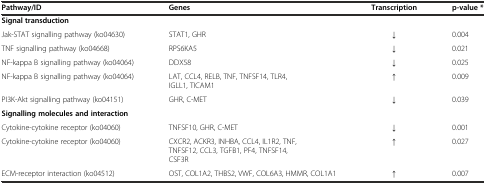
<table><thead><tr><td><b>Pathway/ID</b></td><td><b>Genes</b></td><td><b>Transcription</b></td><td><b>p-value *</b></td></tr></thead><tbody><tr><td colspan="4"><b>Signal transduction</b></td></tr><tr><td>Jak-STAT signalling pathway (ko04630)</td><td>STAT1, GHR</td><td>↓</td><td>0.004</td></tr><tr><td>TNF signalling pathway (ko04668)</td><td>RPS6KA5</td><td>↓</td><td>0.021</td></tr><tr><td>NF-kappa B signalling pathway (ko04064)</td><td>DDX58</td><td>↓</td><td>0.025</td></tr><tr><td>NF-kappa B signalling pathway (ko04064)</td><td>LAT, CCL4, RELB, TNF, TNFSF14, TLR4, IGLL1, TICAM1</td><td>↑</td><td>0.009</td></tr><tr><td>PI3K-Akt signalling pathway (ko04151)</td><td>GHR, C-MET</td><td>↓</td><td>0.039</td></tr><tr><td colspan="4"><b>Signalling molecules and interaction</b></td></tr><tr><td>Cytokine-cytokine receptor (ko04060)</td><td>TNFSF10, GHR, C-MET</td><td>↓</td><td>0.001</td></tr><tr><td>Cytokine-cytokine receptor (ko04060)</td><td>CXCR2, ACKR3, INHBA, CCL4, IL1R2, TNF, TNFSF12, CCL3, TGFB1, PF4, TNFSF14, CSF3R</td><td>↑</td><td>0.027</td></tr><tr><td>ECM-receptor interaction (ko04512)</td><td>OST, COL1A2, THBS2, VWF, COL6A3, HMMR, COL1A1</td><td>↑</td><td>0.007</td></tr></tbody></table>